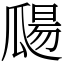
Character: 㼒